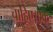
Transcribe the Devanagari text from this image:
चाहिए।एक